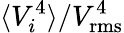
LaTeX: \langle V_{i}^{4}\rangle/V_{\mathrm{rms}}^{4}